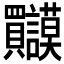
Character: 𲂹